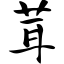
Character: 茸